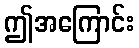
ဤအကြောင်း